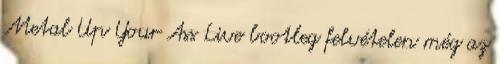
Metal Up Your Ass Live bootleg felvételen még az